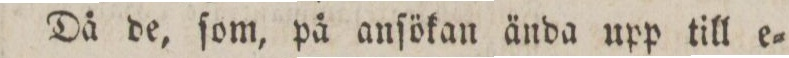
Då de, ſom, på anſökan ända upp till e=